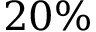
2 0 \%